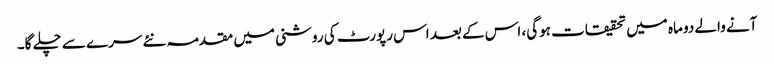
آنے والے دو ماہ میں تحقیقات ہوگی، اس کے بعد اس رپورٹ کی روشنی میں مقدمہ نئے سرے سے چلے گا۔